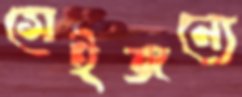
সেইজন্যে